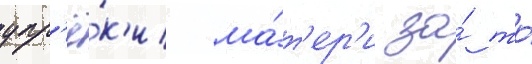
упр'ё́к'и ма́т'ер'и за́ то́